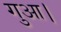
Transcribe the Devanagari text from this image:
गुआ।